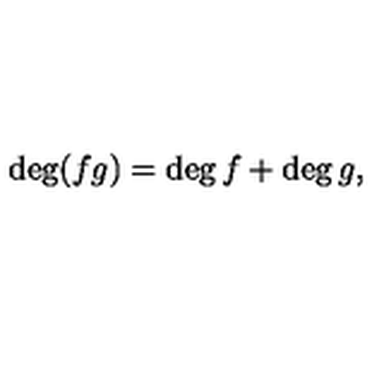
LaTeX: \deg ( f g ) = \deg f + \deg g ,